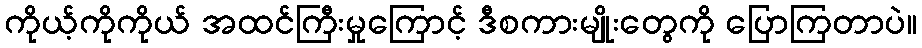
ကိုယ့်ကိုကိုယ် အထင်ကြီးမှုကြောင့် ဒီစကားမျိုးတွေကို ပြောကြတာပဲ။